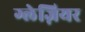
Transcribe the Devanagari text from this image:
ग्लेज़ियर